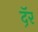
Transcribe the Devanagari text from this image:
दॅ़र